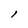
Character: 1